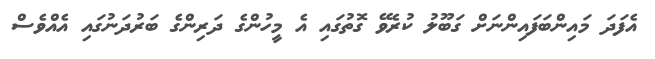
އެފަދަ މައިންބަފައިންނަށް ގަބޫލު ކުރެވޭ ގޮތުގައި އެ މީހުންގެ ދަރިންގެ ބަރުދަނުގައި އެއްވެސް